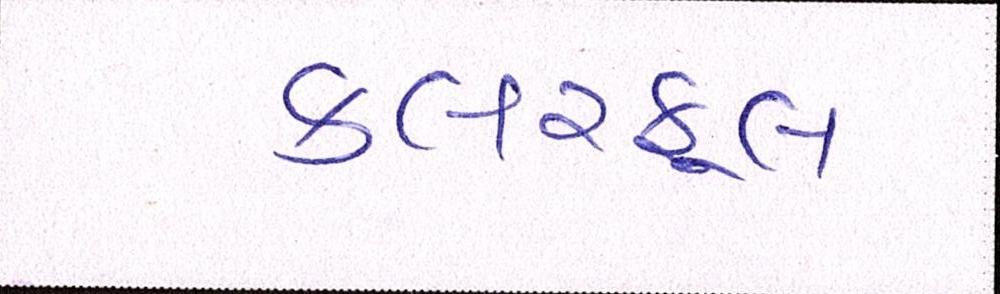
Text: કલરફૂલ